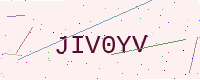
Text: JIV0YV